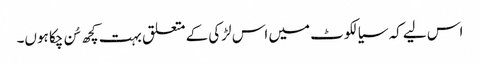
اس لیے کہ سیالکوٹ میں اس لڑکی کے متعلق بہت کچھ سُن چکا ہوں۔